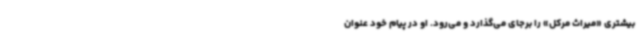
بیشتری «میراث مرکل» را برجای می‌گذارد و می‌رود. او در پیام خود عنوان